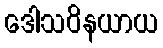
ဒေါသဝိနယာယ